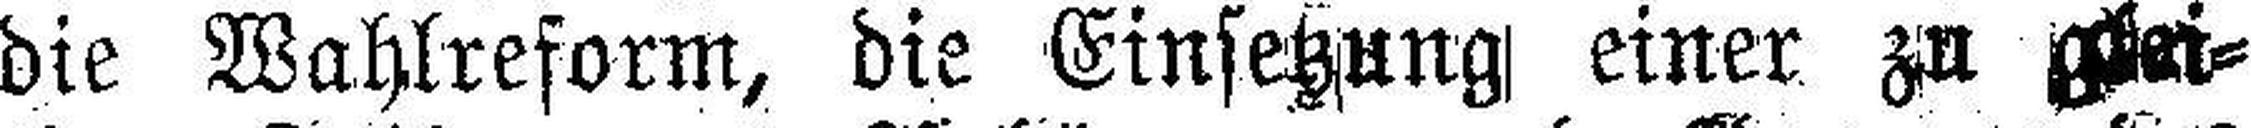
die Wahlreform, die Einsetzung einer zu glei¬